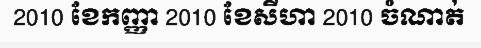
2010 ខែកញ្ញា 2010 ខែសីហា 2010 ចំណាត់